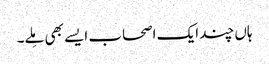
ہاں چند ایک اصحاب ایسے بھی مِلے۔